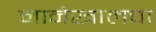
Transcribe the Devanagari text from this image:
मानेखालचा